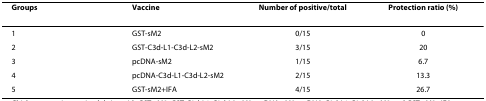
<table><thead><tr><td><b>Groups</b></td><td><b>Vaccine</b></td><td><b>Number of positive/total</b></td><td><b>Protection ratio (%)</b></td></tr></thead><tbody><tr><td>1</td><td>GST-sM2</td><td>0/15</td><td>0</td></tr><tr><td>2</td><td>GST-C3d-L1-C3d-L2-sM2</td><td>3/15</td><td>20</td></tr><tr><td>3</td><td>pcDNA-sM2</td><td>1/15</td><td>6.7</td></tr><tr><td>4</td><td>pcDNA-C3d-L1-C3d-L2-sM2</td><td>2/15</td><td>13.3</td></tr><tr><td>5</td><td>GST-sM2+IFA</td><td>4/15</td><td>26.7</td></tr></tbody></table>